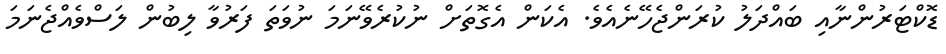
ޑޮކްޓަރުންނާއި ބައްދަލު ކުރަންޖެހޭނެއެވެ. އެކަން އެގޮތަށް ނުކުރެވޭނަމަ ނުވަތަ ފަރުވާ ލިބުން ލަސްވެއްޖެނަމަ